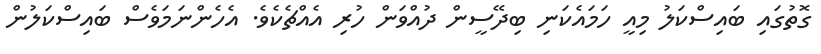
ގޮތުގައި ބައިސްކަލު މިއީ ހަމައެކަނި ބިދޭސީން ދުއްވަން ހުރި އެއްޗެކެވެ. އެހެންނަމަވެސް ބައިސްކަލުން